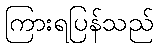
ကြားရပြန်သည်